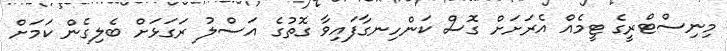
މިނިސްޓްރީގެ ޓީމެއް އެރަށަށް ގޮސް ކަންހިނގާފައިވާ ގޮތުގެ އަސްލު ރަގަޅަށް ބެލިގެން ކަމަށް